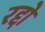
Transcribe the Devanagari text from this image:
रद्दो